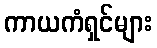
ကာယကံရှင်များ